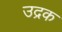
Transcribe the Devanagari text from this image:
उद्रक